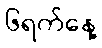
၆ရက်နေ့